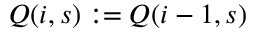
Q ( i , s ) : = Q ( i - 1 , s )